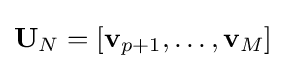
\mathbf {U} _{N}=[\mathbf {v} _{p+1},\ldots ,\mathbf {v} _{M}]